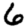
Digit: 6